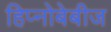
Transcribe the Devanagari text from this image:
हिप्नोबेबीज